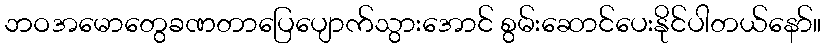
ဘဝအမောတွေခဏတာပြေပျောက်သွားအောင် စွမ်းဆောင်ပေးနိုင်ပါတယ်နော်။